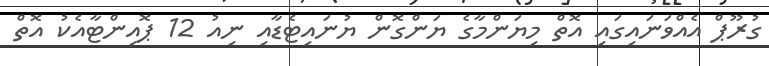
ގުރޫޕް އެއްވަނައިގައި އޮތް މިޔަންމާގެ ޔަންގޮން ޔުނައިޓެޑާއި ނިއު 12 ޕޮއިންޓާއެކު އޮތް